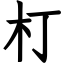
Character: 朾